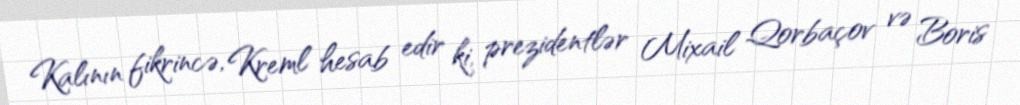
Kalının fikrincə, Kreml hesab edir ki, prezidentlər Mixail Qorbaçov və Boris